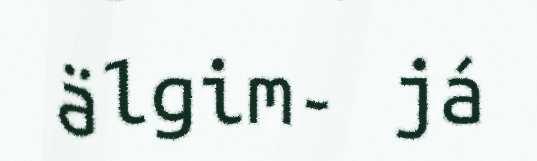
älgim- já